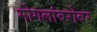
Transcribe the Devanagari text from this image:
मोगलांबरोबर